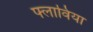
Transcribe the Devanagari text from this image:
फ्लाविया